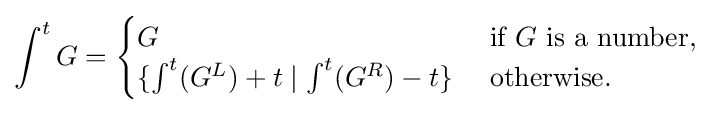
\int ^{t}G={\begin{cases}G&{\text{ if }}G{\text{ is a number, }}\\\{\int ^{t}(G^{L})+t\mid \int ^{t}(G^{R})-t\}&{\text{ otherwise. }}\end{cases}}